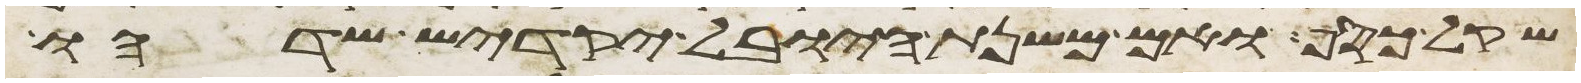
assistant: שקל כסף ואם משנת היובל יקדיש שדהו